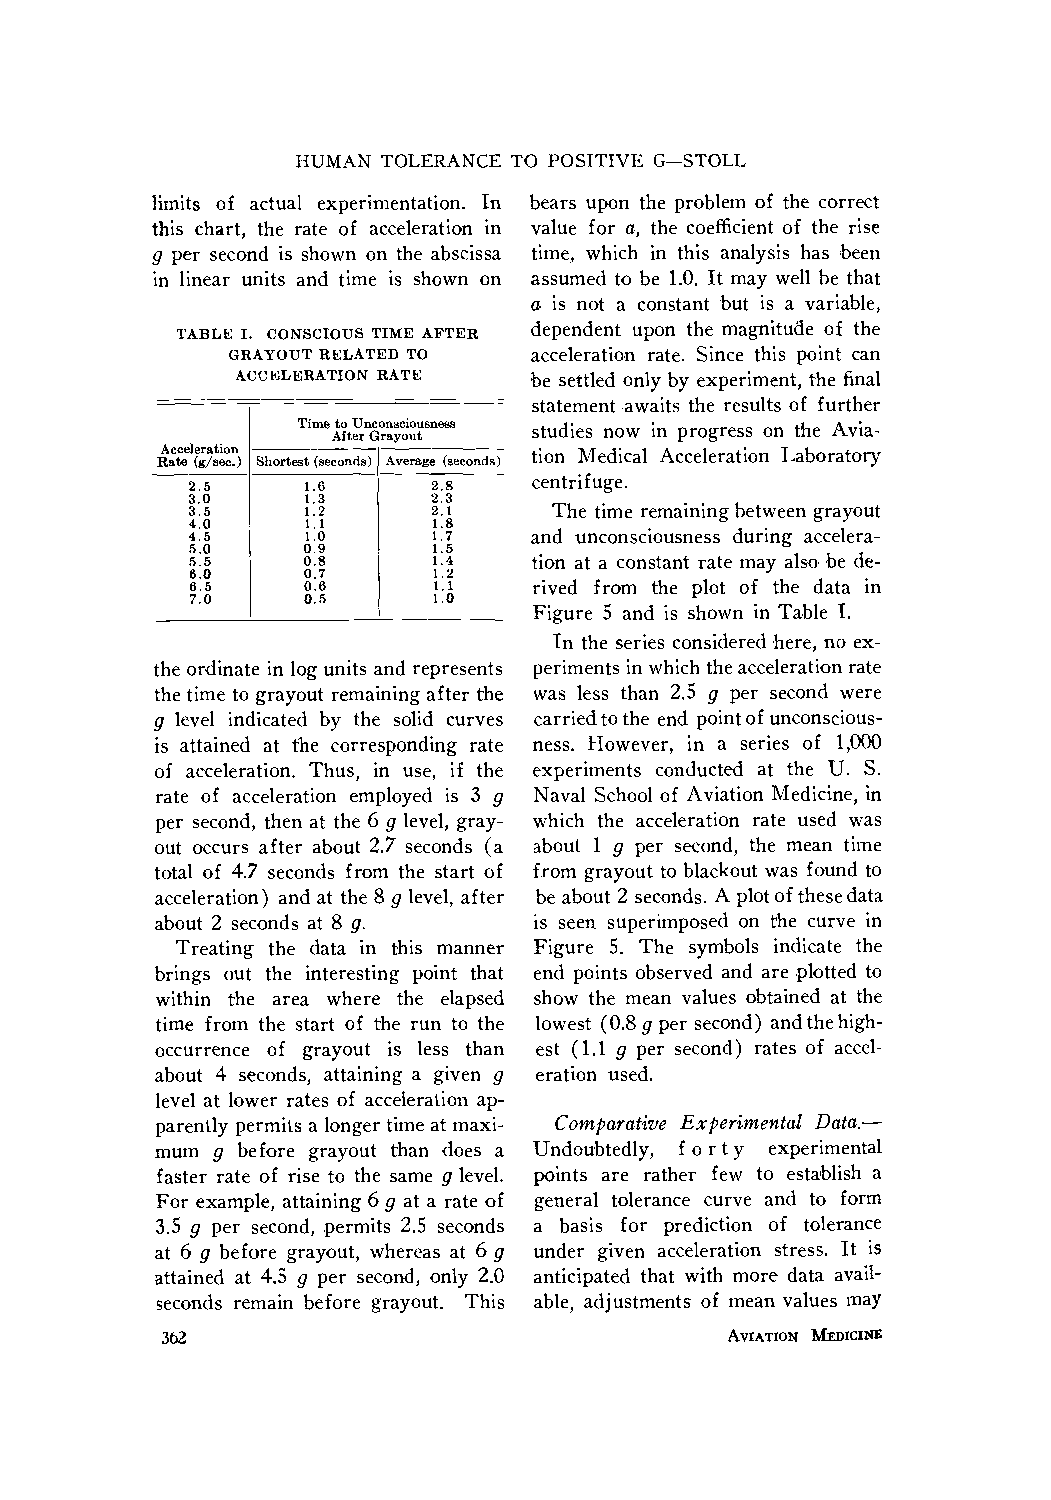
HUMAN TOLERANCE TO POSITIVE G--STOLL
 limits of actual experimentation. In bears upon the problem of the correct
 this chart, the rate of acceleration in value for a, the coefficient of the rise
 g per second is shown on the abscissa time, which in this analysis has ,been
 in linear units and time is shown on assumed to be 1.0. It may well be that
 a is not a constant but is a variable,
 dependent upon the magnitude of the
 TABLE 1. CONSCIOUS TIME AFTER
 GRAYOUT RELATED TO  acceleration rate. Since this point can
 ACCELERATION RATE   be settled only by experiment, the final
 statement-awaits the results of further
 Time to Unconsciousness studies now in progress on the Avia-
 After Grayout
 Acceleration             tion Medical Acceleration Laboratory
 Rate (g/see.) Shortest (seconds) I Average (seconds)
 centrifuge.
 2.5     1.6     2.8
 3.0     1.3     2.3
 3.5     1.2     2.1     The time remaining between grayout
 4.0     1.1     1.8
 4.5     1.0     1.7    and unconsciousness during accelera-
 5.0     0.9     1.5
 5.5     0,8     1.4    tion at a constant rate may also be de-
 6.0     0.7     1.2
 6.5     0.6     1.1    rived from the plot of the data in
 7.0     0.5     1.0
 Figure 5 and is shown in Table I.
 In the series considered here, no ex-
 the ordinate in log units and represents periments in which the acceleration rate
 the time to grayout remaining after the was less than 2.5 g per second were
 g level indicated by the solid curves carried to the end point of unconscious-
 is attained at the corresponding rate ness. However, in a series of 1,000
 of acceleration. Thus, in use, if the experiments conducted at the U. S.
 rate of acceleration employed is 3 g Naval School of Aviation Medicine, in
 per second, then at the 6 g level, gray- which the acceleration rate used was
 out occurs after about 2.7 seconds (a about 1 g per second, the mean time
 total of 4.7 seconds from the start of from grayout to blackout was found to
 acceleration) and at the 8 g level, after be about 2 seconds. A plot of these data
 about 2 seconds at 8 g.  is seen superimposed on the curve in
 Treating the data in this manner Figure 5. The symbols indicate the
 brings out the interesting point that end points observed and are plotted to
 within the area where the elapsed show the mean values obtained at the
 time from the start of the run to the lowest (0.8 g per second) and the high-
 occurrence of grayout is less than est (1.1 g per second) rates of accel-
 about 4 seconds, attaining a given g eration used.
 level at lower rates of acceleration ap-
 parently permits a longer time at maxi- Comparative Experimental Data.--
 mum g before grayout than does a Undoubtedly, f o r t y experimental
 faster rate of rise to the same g level. points are rather few to establish a
 For example, attaining 6 g at a rate of general tolerance curve and to form
 3.5 g per second, permits 2.5 seconds a basis for prediction of tolerance
 at 6 g before grayout, whereas at 6 g under given acceleration stress. It is
 attained at 4.5 g per second, only 2.0 anticipated that with more data avail-
 seconds remain before grayout. This able, adjustments of mean values may
 362                                   AVIATION MEDICINE